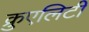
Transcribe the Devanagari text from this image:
क्रुएलिटी